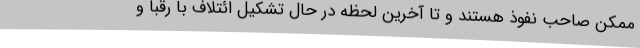
ممکن صاحب نفوذ هستند و تا آخرین لحظه در حال تشکیل ائتلاف با رقبا و